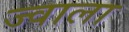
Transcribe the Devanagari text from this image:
ज्‍वाला